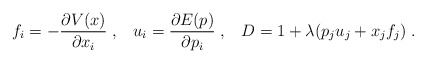
\begin{align*}f_i = - \frac{\partial V(x)}{\partial x_i} \; , \; \; \; u_i = \frac{\partial E(p)}{\partial p_i} \; , \; \; \; D = 1 + \lambda (p_j u_j + x_j f_j) \; .\end{align*}